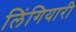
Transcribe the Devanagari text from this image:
लिंगियारी